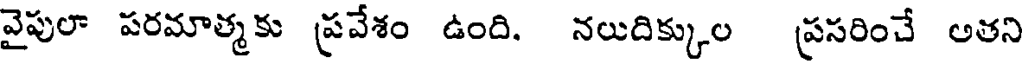
వైపులా పరమాత్మకు ప్రవేశం ఉంది. నలుదిక్కుల ప్రసరించే అతని